Lunatic asylums Madras 1877-1891 - 1877-1891
Year: 1877
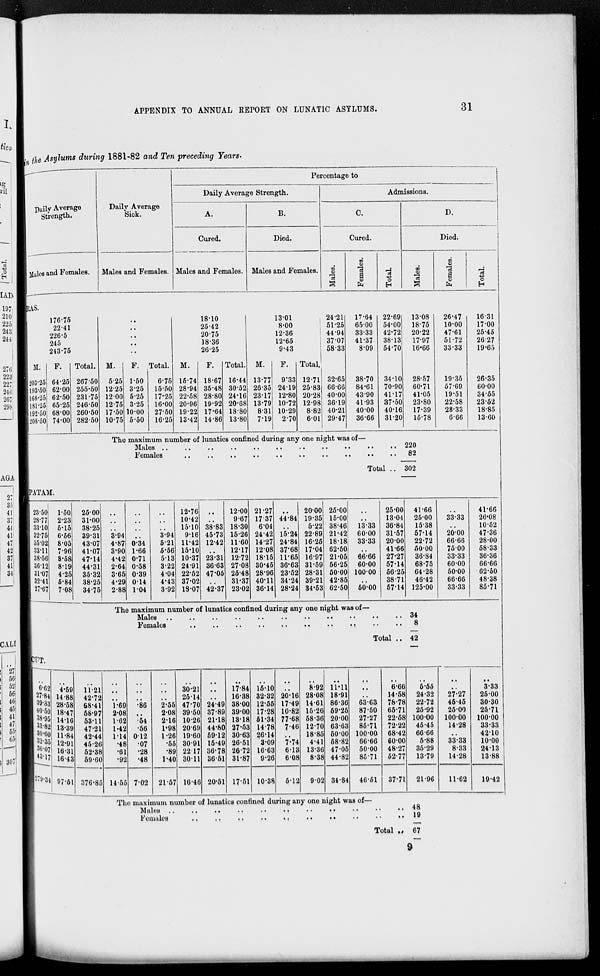
APPENDIX TO ANNUAL REPORT ON LUNATIC ASYLUMS.
31
in the Asylums during 1881-82 and Ten preceding Years.
Daily Average
Strength.
Males and Females.
Daily Average
Sick.
Males and Females.
Percentage to
Daily Average Strength.
A.
Cured.
Males and Females.
B.
Died.
Males and Females.
Admissions.
C.
Cured.
Males.
Females.
Total.
D.
Died.
Males.
Females.
Total.
RAS.
176.75
22.41
226.5
245
243.75
M.
203.25
193.50
168.25
181.25
192.50
208.50
F.
64.25
62.00
62.50
65.25
68.00
74.00
Total.
267.50
255.50
231.75
246.50
260.50
282.50
..
..
..
..
..
M.
5.25
12.25
12.00
12.75
17.50
10.75
F.
1.50
3.25
5.25
3.25
10.00
5.50
Total.
6.75
15.50
17.25
16.00
27.50
16.25
18.10
25.42
20.75
18.36
26.25
M.
16.74
28.94
22.58
20.96
19.22
13.42
F.
18.67
35.48
28.80
19.92
17.64
14.86
Total.
16.44
30.52
24.16
20.68
18.80
13.80
13.01
8.00
12.36
12.65
9.43
M.
13.77
26.35
23.17
13.79
8.31
7.19
F.
9.33
24.19
12.80
10.72
10.29
2.70
Total.
12.71
25.83
20.28
12.98
8.82
6.01
24.21
51.25
44.94
37.07
58.33
32.65
66.66
40.00
36.19
40.21
29.47
17.64
65.00
33.33
41.37
8.09
38.70
84.61
43.90
41.93
40.00
36.66
22.69
54.00
42.72
38.13
54.70
34.10
70.90
41.17
37.50
40.16
31.20
13.08
18.75
20.22
17.97
16.66
28.57
60.71
41.05
23.80
17.39
15.78
26.47
10.00
47.61
51.72
33.33
19.35
57.69
19.51
22.58
28.33
6.66
16.31
17.00
25.45
26.27
19.65
26.35
60.00
34.55
23.52
18.85
13.60
The maximum number of lunatics confined during any one night was of—
Males
..
..
..
..
..
..
..
..
..
..
..
Females
..
..
..
..
..
..
..
..
..
..
Total ..
220
82
302
PATAM.
23.50
28.77
33.10
32.75
35.02
33.11
38.56
36.12
31.07
32.41
27.67
1.50
2.23
5.15
6.56
8.05
7.96
8.58
8.19
4.25
5.84
7.08
25.00
31.00
38.25
39.31
43.07
41.07
47.14
44.31
35.32
38.25
34.75
..
..
..
3.94
4.87
3.90
4.42
2.64
3.65
4.29
2.88
..
..
..
..
0.34
1.66
0.71
0.58
0.39
0.14
1.04
..
..
..
3.94
5.21
5.56
5.13
3.22
4.04
4.43
3.92
12.76
10.42
15.10
9.16
11.42
15.10
10.37
24.91
22.52
37.02
18.07
..
..
38.83
45.73
12.42
..
23.31
36.63
47.05
..
42.37
12.00
9.67
18.30
15.26
11.60
12.17
12.72
27.08
25.48
31.37
23.02
21.27
17.37
6.04
24.42
14.27
12.08
18.15
30.45
28.96
40.11
36.14
..
44.84
..
15.24
24.84
37.68
11.65
36.63
23.52
34.24
28.24
20.00
19.35
5.22
22.89
16.25
17.04
16.97
31.59
28.31
39.21
34.53
25.00
15.00
38.46
21.42
18.18
62.50
21.05
56.25
50.00
42.85
62.50
..
..
13.33
60.00
33.33
..
66.66
60.00
100.00
..
50.00
25.00
13.04
36.84
31.57
20.00
41.66
27.27
57.14
56.25
38.71
57.14
41.66
25.00
15.38
57.14
22.72
50.00
36.84
68.75
64.28
46.42
125.00
..
33.33
..
20.00
66.66
75.00
33.33
60.00
50.00
66.66
33.33
41.66
26.08
10.52
47.36
28.00
68.33
36.36
66.66
62.50
48.38
85.71
The maximum number of lunatics confined during any one night was of—
Males
..
..
..
..
..
..
..
..
..
..
..
Females
..
..
..
..
..
..
..
..
..
..
Total ..
34
8
42
CUT.
..
6.62
27.84
39.33
40.50
38.95
33.82
30.60
32.35
36.07
43.17
279.34
..
4.59
14.88
28.58
18.47
14.16
13.39
11.84
12.91
16.31
16.43
97.51
..
11.21
42.72
68.41
58.97
53.11
47.21
42.44
45.26
52.38
59.60
376.85
..
..
..
1.69
2.08
1.62
1.42
1.14
.48
.61
.92
14.55
..
..
..
.86
..
.54
.56
0.12
.07
.28
.48
7.02
..
..
..
2.55
2.08
2.16
1.98
1.26
.55
.89
1.40
21.57
..
30.21
25.14
47.70
39.50
10.26
20.69
19.60
30.91
22.17
30.11
16.46
..
..
..
24.49
37.89
21.18
44.80
59.12
15.49
36.78
36.51
20.51
..
17.84
16.38
38.00
39.00
13.18
27.53
30.63
26.51
26.72
31.87
17.51
..
15.10
32.32
12.55
17.28
51.34
14.78
26.14
3.09
16.63
9.26
10.38
..
..
20.16
17.49
10.82
77.68
7.46
..
7.74
6.13
6.08
5.12
..
8.92
28.08
14.61
15.26
58.36
12.70
18.85
4.41
13.36
8.38
9.02
..
11.11
18.91
86.36
59.25
20.00
63.63
50.00
58.82
47.05
44.82
34.84
..
..
..
63.63
87.50
27.27
85.71
100.00
66.66
50.00
85.71
46.51
..
6.66
14.58
78.78
65.71
22.58
72.22
68.42
60.00
48.27
52.77
37.71
..
5.55
24.32
22.72
25.92
100.00
45.45
66.66
5.88
36.29
13.79
21.96
..
..
27.27
45.45
25.00
100.00
14.28
..
33.33
8.33
14.28
11.62
..
3.33
25.00
30.30
25.71
100.00
33.33
42.10
10.00
24.13
13.88
19.42
The maximum number of lunatics confined during any one night was of—
Males ..
..
..
..
..
..
..
..
..
..
..
Females
..
..
..
..
..
..
..
..
..
..
Total ..
48
19
67
9